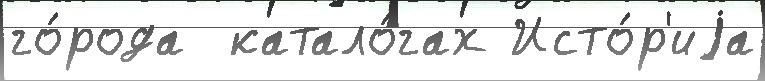
го́рода  катало́гах Исто́р'иjа